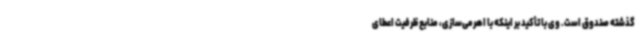
گذشته صندوق است. وی با تأکید بر اینکه با اهرمی‌سازی، منابع ظرفیت اعطای